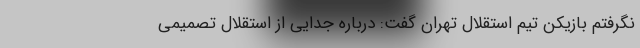
نگرفتم بازیکن تیم استقلال تهران گفت: درباره جدایی از استقلال تصمیمی